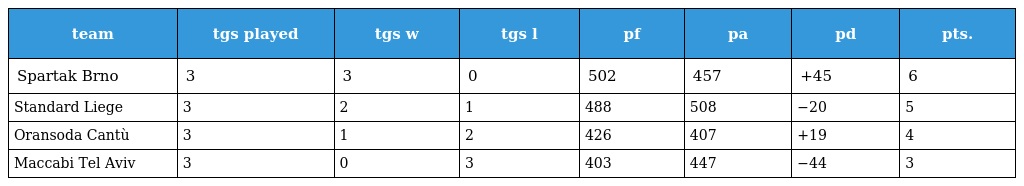
| team | tgs played | tgs w | tgs l | pf | pa | pd | pts. |
 | --- | --- | --- | --- | --- | --- | --- | --- |
 | Spartak Brno | 3 | 3 | 0 | 502 | 457 | +45 | 6 |
 | Standard Liege | 3 | 2 | 1 | 488 | 508 | −20 | 5 |
 | Oransoda Cantù | 3 | 1 | 2 | 426 | 407 | +19 | 4 |
 | Maccabi Tel Aviv | 3 | 0 | 3 | 403 | 447 | −44 | 3 |